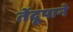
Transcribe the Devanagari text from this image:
तेंदूपाने